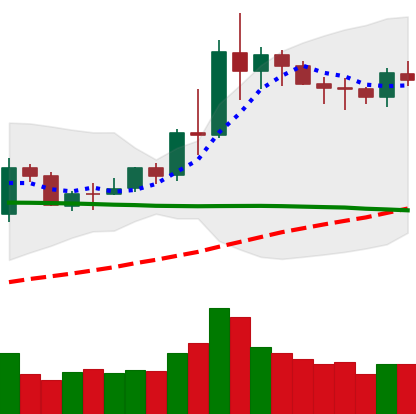
Ticker: NEO-USD
Chart end date: 2020-06-10
Forward return: -12.531%
Label: down_7plus